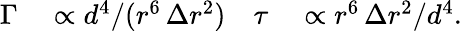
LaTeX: \begin{array}{rlrl}{\Gamma}&{{}\propto d^{4}/(r^{6}\, \Delta r^{2})}&{\tau}&{{}\propto r^{6}\, \Delta r^{2}/d^{4}.}\end{array}